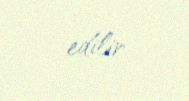
edilir.